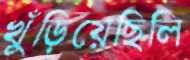
খুঁড়িয়েছিলি